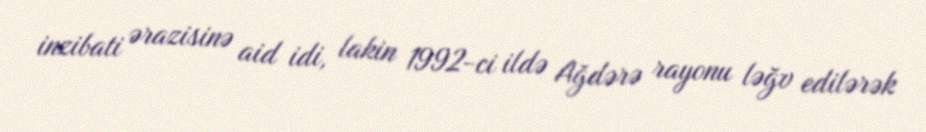
inzibati ərazisinə aid idi, lakin 1992-ci ildə Ağdərə rayonu ləğv edilərək